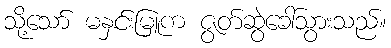
သို့သော် မနှင်းမြူက ဇွတ်ဆွဲခေါ်သွားသည်။